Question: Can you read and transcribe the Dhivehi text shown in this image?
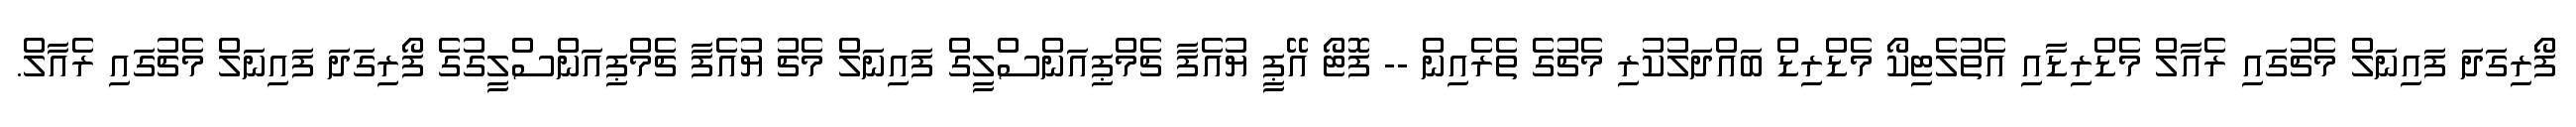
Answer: ފޯރިގަދަ ފައިނަލް މެޗުގައި ރެއާލް މެޑްރިޑާއި އެތުލެޓިކޯ މެޑްރިޑް ބައްދަލުކުރި މެޗުގެ ތެރެއިން -- ފޮޓޯ އޭޕީ ޔުއެފާ ޗެމްޕިއަންސްލީގް ފައިނަލް މެޗު ޔުއެފާ ޗެމްޕިއަންސްލީގުގެ ފޯރިގަދަ ފައިނަލް މެޗުގައި ރެއާލް.